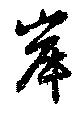
岸